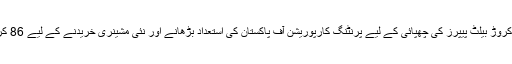
الیکشن کمیشن آف پاکستان کی دستاویز میں یہ بھیکہا گیا کہ کیبنٹ ڈویڑن نے 20 کروڑ بیلٹ پیپرز کی چھپائی کے لیے پرنٹنگ کارپوریشن آف پاکستان کی استعداد بڑھانے اور نئی مشینری خریدنے کے لیے 86 کروڑ 40 لاکھ روپے فنڈز کی سمری منظوری کے لیے وزیر اعطم کو بھیجی تھی۔